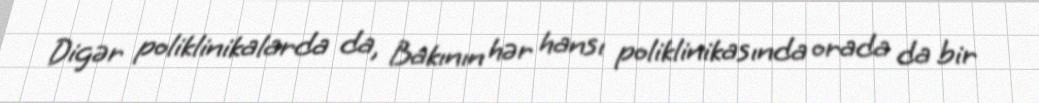
Digər poliklinikalarda da, Bakının hər hansı poliklinikasında orada da bir